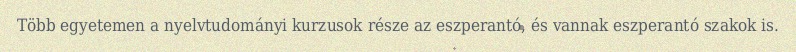
Több egyetemen a nyelvtudományi kurzusok része az eszperantó, és vannak eszperantó szakok is.